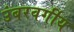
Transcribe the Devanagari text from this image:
उंबरवर्गीय